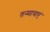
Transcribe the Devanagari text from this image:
तन्मात्राएं